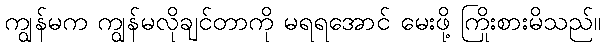
ကျွန်မက ကျွန်မလိုချင်တာကို မရရအောင် မေးဖို့ ကြိုးစားမိသည်။